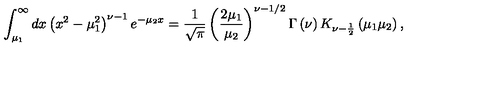
\int _ { \mu _ { 1 } } ^ { \infty } d x \left( x ^ { 2 } - \mu _ { 1 } ^ { 2 } \right) ^ { \nu - 1 } e ^ { - \mu _ { 2 } x } = \frac { 1 } { \sqrt { \pi } } \left( \frac { 2 \mu _ { 1 } } { \mu _ { 2 } } \right) ^ { \nu - 1 / 2 } \Gamma \left( \nu \right) K _ { \nu - \frac { 1 } { 2 } } \left( \mu _ { 1 } \mu _ { 2 } \right) ,